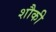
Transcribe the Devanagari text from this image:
शौकी